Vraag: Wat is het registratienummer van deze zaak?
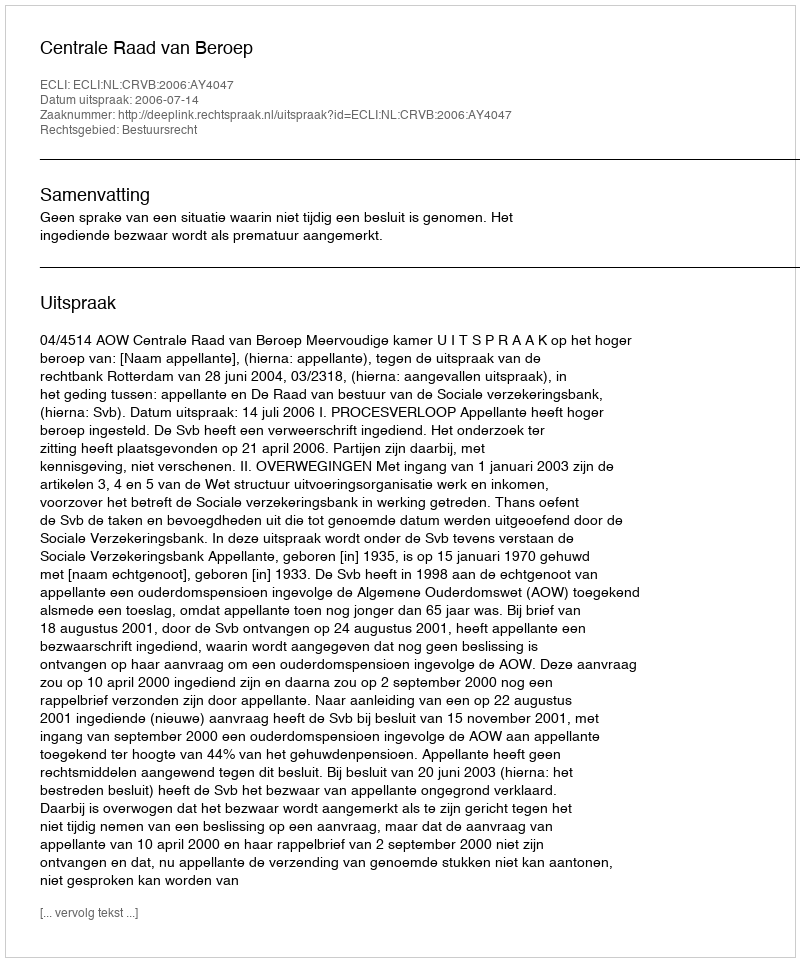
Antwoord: http://deeplink.rechtspraak.nl/uitspraak?id=ECLI:NL:CRVB:2006:AY4047